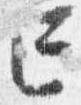
亡